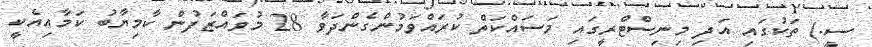
ސީ.) ތަކުގައި އަދި މިނިސްޓްރީގައި މަސައްކަތް ކުރައްވަމުންގެންދަވާ 28 މުވައްޒަފުން ކާމިޔާބު ކަމާއިއެކީ